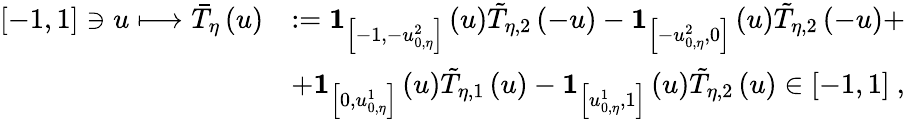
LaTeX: \begin{array}{rl}{\left[-1,1\right]\ni u\longmapsto\bar{T}_{\eta}\left(u\right)}&{:=\mathbf{1}_{\left[-1,-u_{0,\eta}^{2}\right]}\left(u\right)\tilde{T}_{\eta,2}\left(-u\right)-\mathbf{1}_{\left[-u_{0,\eta}^{2},0\right]}\left(u\right)\tilde{T}_{\eta,2}\left(-u\right)+}\\ &{+\mathbf{1}_{\left[0,u_{0,\eta}^{1}\right]}\left(u\right)\tilde{T}_{\eta,1}\left(u\right)-\mathbf{1}_{\left[u_{0,\eta}^{1},1\right]}\left(u\right)\tilde{T}_{\eta,2}\left(u\right)\in\left[-1,1\right]\ ,}\end{array}